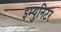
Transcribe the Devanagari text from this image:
इम्युनिटर